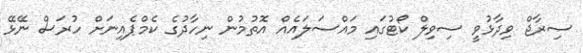
ސިރާޖް ވިދާޅުވީ ސިވިލް ކޯޓުގައި މައްސަލައެއް އޮތުމުން ނިހާދުގެ ކެމްޕެއިނަށް ހުރަސް ނޭޅޭ